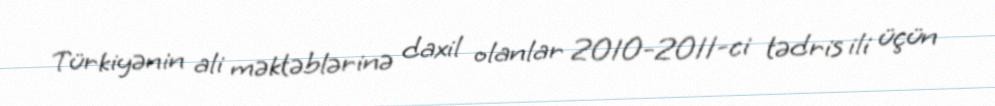
Türkiyənin ali məktəblərinə daxil olanlar 2010-2011-ci tədris ili üçün